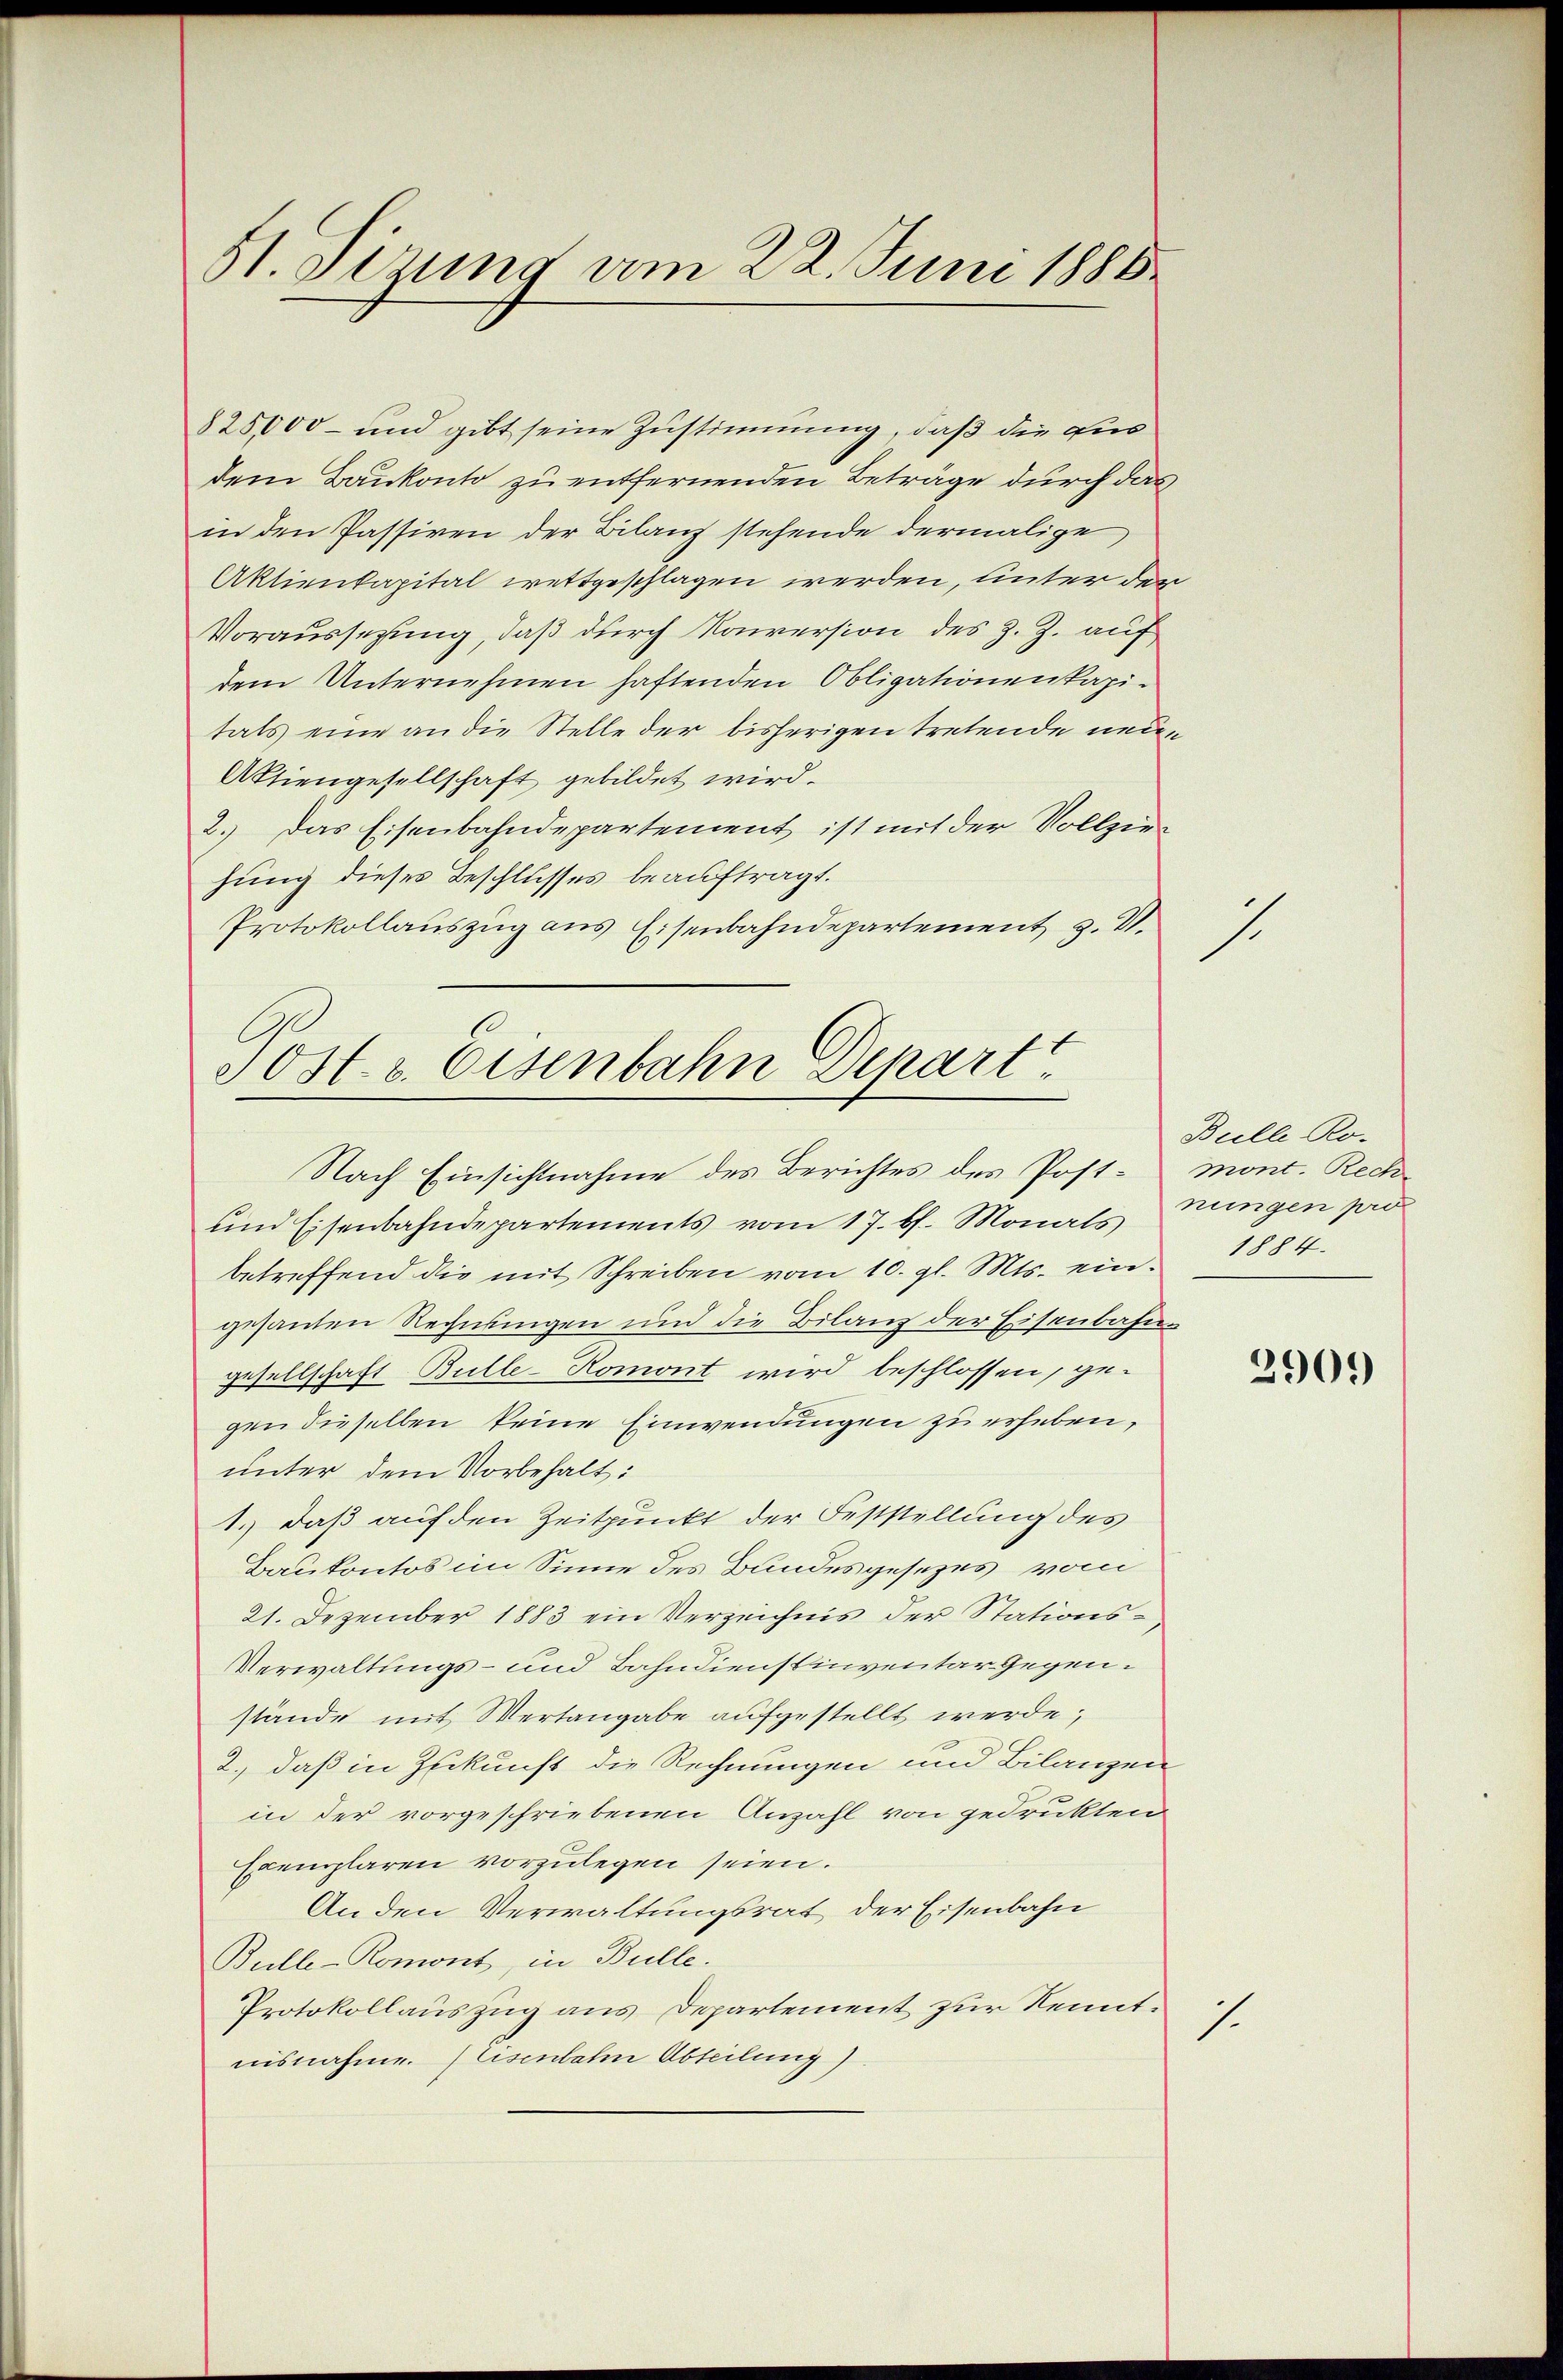
51. Sizung vom 22. Juni 1888.

825,000 - und gibt seine Zustimmung, daß die aus
dem Baukonto zu entfernenden Beträge durch das
in den Passiren der Bilanz stehende dermalige
Aktienkapital wettgeschlagen werden, unter der
Voraussetzung, daß durch Konversion des Z. Z. auf
dem Unternehmen haftenden Obligationenkapitals eine an die Stelle der bisherigen tretende neu¬
Aktiengesellschaft gebildet wird.
2.) Das Eisenbahndepartement ist mit der Vollziehung dieses Beschlusses beauftragt.
Protokollauszug aus Eisenbahndepartement z. VI.
.

Sost. v. Eisenbahn Depart.
Nach Einsichtnahme des Berichtes des Post- mont. Rech¬

und Eisenbahndepartements vom 17. ds. Monats Jungen pro
betreffend die mit Schreiben vom 10. gl. Mts. ein. 1884.
gesanten Rechnungen und die Bilanz der Eisenbahngesellschaft Bulle-Romont wird beschlossen, gegen dieselben keine Einwendungen zu erheben,
unter dem Vorbehalt:
1.) Daß auf den Zeitpunkt der Feststellung des
Baukontos im Sinne des Bundesgesezes vom
21. Dezember 1883 ein Verzeichnis der Stations¬
Verwaltungs- und Bahndienstinventar Gegenstände mit Vertangabe aufgestellt werde;
2., daß in Zukunft die Rechnungen und Bilanzen
in der vorgeschriebenen Anzahl von gedrukten
Exemplaren vorzulegen seien.
An den Verwaltungsrat der Eisenbahn
Bulle-Romont, in Bulle.
Protokollauszug aus Departement zur Kenntnisnahme. (Eisenbahn Abteilung)

7.

s.

Bulle. Ro.

2901)